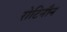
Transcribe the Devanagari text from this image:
रोटिनौन